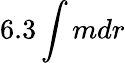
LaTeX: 6.3\int mdr